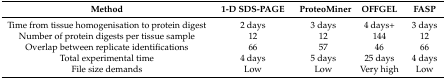
<table><thead><tr><td><b>Method</b></td><td><b>1-D SDS-PAGE</b></td><td><b>ProteoMiner</b></td><td><b>OFFGEL</b></td><td><b>FASP</b></td></tr></thead><tbody><tr><td>Time from tissue homogenisation to protein digest</td><td>2 days</td><td>3 days</td><td>4 days+</td><td>3 days</td></tr><tr><td>Number of protein digests per tissue sample</td><td>12</td><td>12</td><td>144</td><td>12</td></tr><tr><td>Overlap between replicate identifications</td><td>66</td><td>57</td><td>46</td><td>66</td></tr><tr><td>Total experimental time</td><td>4 days</td><td>5 days</td><td>25 days</td><td>4 days</td></tr><tr><td>File size demands</td><td>Low</td><td>Low</td><td>Very high</td><td>Low</td></tr></tbody></table>